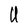
Character: U